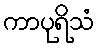
ကာပုရိသံ